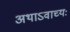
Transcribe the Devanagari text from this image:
अथाऽवाच्यः